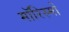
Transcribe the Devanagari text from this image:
मॉरिस्मो